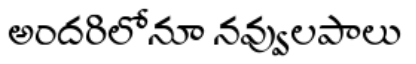
అందరిలోనూ నవ్వులపాలు